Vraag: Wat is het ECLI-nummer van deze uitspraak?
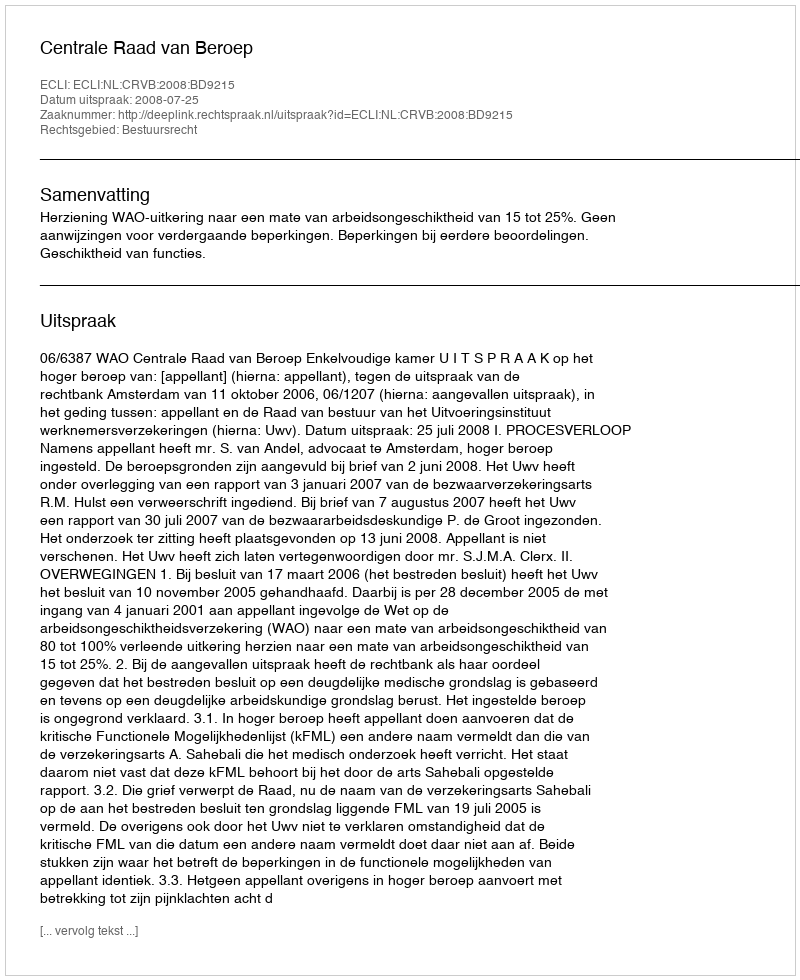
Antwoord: ECLI:NL:CRVB:2008:BD9215